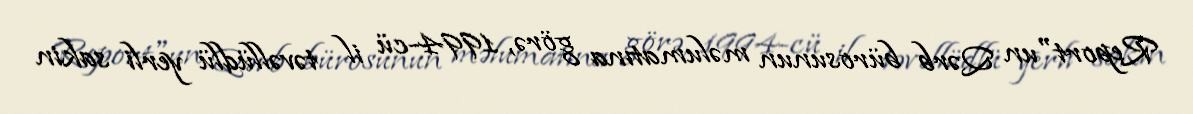
Report"un Qərb bürosunun məlumatına görə, 1994-cü il təvəllüdlü yerli sakin